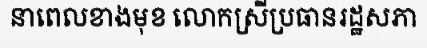
នាពេលខាងមុខ លោកស្រីប្រធានរដ្ឋសភា